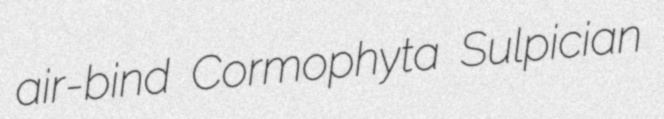
air-bind Cormophyta Sulpician